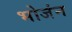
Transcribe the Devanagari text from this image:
भोजंन